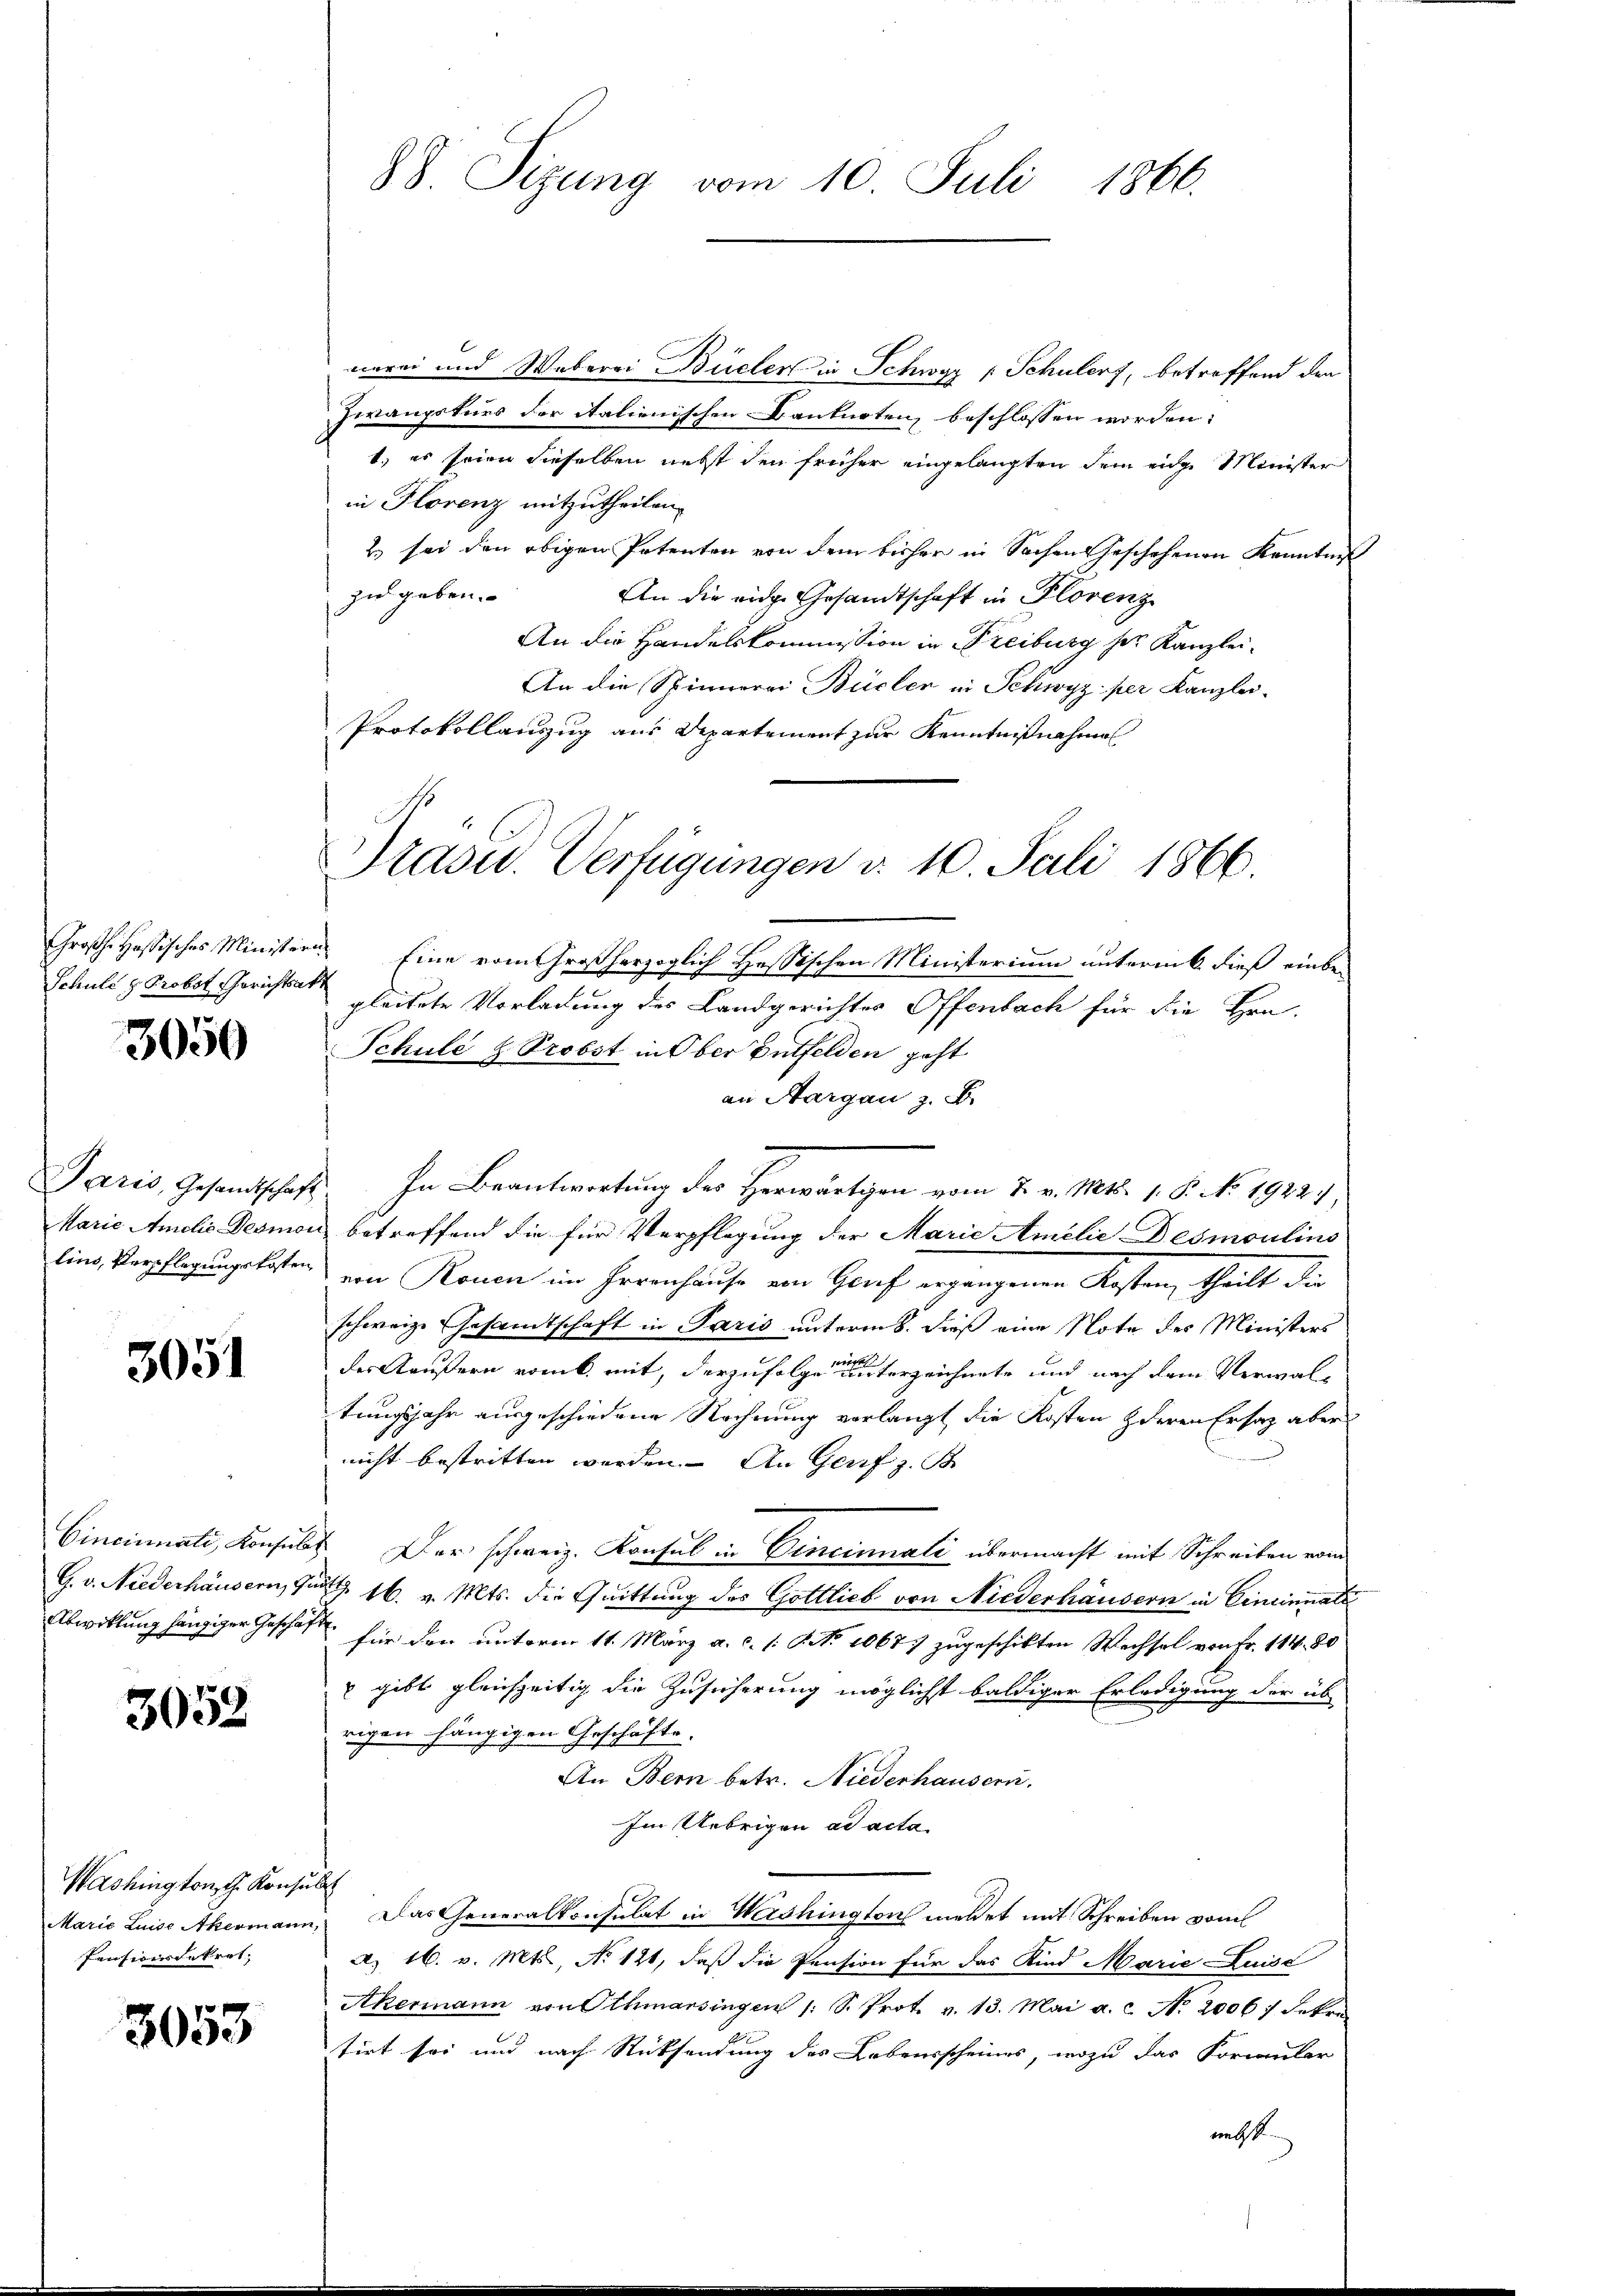
Schule z. Probst Gerichtsakt

3050

3051

Cincinati, Konsul
Abwicklung hängiger Geschäf

3052

Washington, z. Konsult
Pensionsdekret,

3053

88. Sizung vom 10. Juli 1866.

verei und Weberei Büeler in Schwyz 1 Schuler, betreffend den
Zwangsturs der italienischen Banknoten, beschlossen worden:
1., es seien dieselben nebst den früher eingelangten dem eidge Minister
in Florenz mitzutheilen.
2.) sei den obigen Petenten von dem bisher in Sachen Geschehenen Kenntniß
zu geben.
An die eidge Gesandtschaft in Florenz
An die Handelskommission in Freiburg her Kanzlei-
An die Spinnerei Büeler in Schwyz per Kanzlei-
Protokollauszug aus Departement zur Kenntnißnahme
Großh. Hassisches Ministern Eine vom Großherzoglich Hessischen Ministerium unterm 6 dieß einbegleitete Vorladung des Landgerichtes Offenbach für die Hrn.
Schule & Probst in Ober Entfelden geht
an Sargau z. B.
Paris, Gesandtschaft. In Beantwortung des Herwärtigen vom 7. v. Mts. 1. P. No. 1922),
Marie Amalis Desion betreffend die für Verpflegung der Marie Amelie Desmoulins
lins Verschlagungslosen von Rouen im Irrenhause von Geref ergangenen Kosten, theilt die
schweiz. Gesandtschaft in Paris unterm 8. dieß eine Note des Ministers
der Aeußern rank mit, derzufolgen einer unterzeichnete und nach dem Verwaltungsjahr ausgeschiedene Rechnung verlangt die Kosten deren Ersatz aber
nicht bestritten werden. An Genf z. B
2. Der schweiz. Konsul in Vincinnati übermacht mit Schreiben vom
G. v. Niederhäusern, Gurt 16. v. Mts. die Quittung des Gottlieb von Niederhäusern in Cincinuati
 für den unterm 11. März a. c. /: NNo. 10677 zugeschikten Wechsel von Fr. 114. 80
 gibt gleichzeitig die Zusicherung möglichst baldiger Erledigung der üb
rigen hängigen Geschäfte.
An Bern betr. Niederhausern.
Im Uebrigen ad acta
Marie Luise Akermann, Das Generalkonsulat in Wershington meldet mit Schreiben vom
A. 16. v. Mts., No 121, daß die Pension für das Kind Marie Luise
Akermann von Othmarsingen /: S. Prot. v. 13. Mai a.c. No. 2006 / dekre
tirt sei und nach Rücksendung des Lebensscheines, wozu das Formular
nicht

Präsid. Verfügungen d. 10. Juli 1866.